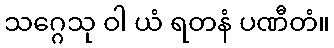
သဂ္ဂေသု ဝါ ယံ ရတနံ ပဏီတံ။